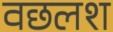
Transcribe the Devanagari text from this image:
वछलश